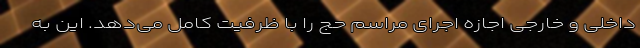
داخلی و خارجی اجازه اجرای مراسم حج را با ظرفیت کامل می‌دهد. این به